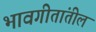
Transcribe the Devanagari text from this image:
भावगीतांतील